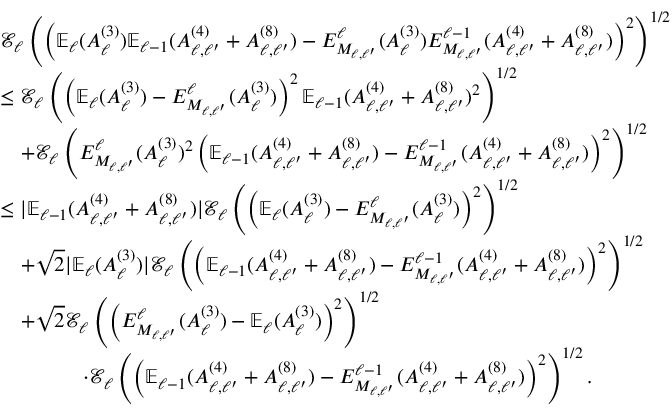
\begin{array} { r l } & { \mathcal { E } _ { \ell } \left( \left( \mathbb { E } _ { \ell } ( A _ { \ell } ^ { ( 3 ) } ) \mathbb { E } _ { \ell - 1 } ( A _ { \ell , \ell ^ { \prime } } ^ { ( 4 ) } + A _ { \ell , \ell ^ { \prime } } ^ { ( 8 ) } ) - E _ { M _ { \ell , \ell ^ { \prime } } } ^ { \ell } ( A _ { \ell } ^ { ( 3 ) } ) E _ { M _ { \ell , \ell ^ { \prime } } } ^ { \ell - 1 } ( A _ { \ell , \ell ^ { \prime } } ^ { ( 4 ) } + A _ { \ell , \ell ^ { \prime } } ^ { ( 8 ) } ) \right) ^ { 2 } \right) ^ { 1 / 2 } } \\ & { \le \mathcal { E } _ { \ell } \left( \left( \mathbb { E } _ { \ell } ( A _ { \ell } ^ { ( 3 ) } ) - E _ { M _ { \ell , \ell ^ { \prime } } } ^ { \ell } ( A _ { \ell } ^ { ( 3 ) } ) \right) ^ { 2 } \mathbb { E } _ { \ell - 1 } ( A _ { \ell , \ell ^ { \prime } } ^ { ( 4 ) } + A _ { \ell , \ell ^ { \prime } } ^ { ( 8 ) } ) ^ { 2 } \right) ^ { 1 / 2 } } \\ & { \quad + \mathcal { E } _ { \ell } \left( E _ { M _ { \ell , \ell ^ { \prime } } } ^ { \ell } ( A _ { \ell } ^ { ( 3 ) } ) ^ { 2 } \left( \mathbb { E } _ { \ell - 1 } ( A _ { \ell , \ell ^ { \prime } } ^ { ( 4 ) } + A _ { \ell , \ell ^ { \prime } } ^ { ( 8 ) } ) - E _ { M _ { \ell , \ell ^ { \prime } } } ^ { \ell - 1 } ( A _ { \ell , \ell ^ { \prime } } ^ { ( 4 ) } + A _ { \ell , \ell ^ { \prime } } ^ { ( 8 ) } ) \right) ^ { 2 } \right) ^ { 1 / 2 } } \\ & { \le | \mathbb { E } _ { \ell - 1 } ( A _ { \ell , \ell ^ { \prime } } ^ { ( 4 ) } + A _ { \ell , \ell ^ { \prime } } ^ { ( 8 ) } ) | \mathcal { E } _ { \ell } \left( \left( \mathbb { E } _ { \ell } ( A _ { \ell } ^ { ( 3 ) } ) - E _ { M _ { \ell , \ell ^ { \prime } } } ^ { \ell } ( A _ { \ell } ^ { ( 3 ) } ) \right) ^ { 2 } \right) ^ { 1 / 2 } } \\ & { \quad + \sqrt { 2 } | \mathbb { E } _ { \ell } ( A _ { \ell } ^ { ( 3 ) } ) | \mathcal { E } _ { \ell } \left( \left( \mathbb { E } _ { \ell - 1 } ( A _ { \ell , \ell ^ { \prime } } ^ { ( 4 ) } + A _ { \ell , \ell ^ { \prime } } ^ { ( 8 ) } ) - E _ { M _ { \ell , \ell ^ { \prime } } } ^ { \ell - 1 } ( A _ { \ell , \ell ^ { \prime } } ^ { ( 4 ) } + A _ { \ell , \ell ^ { \prime } } ^ { ( 8 ) } ) \right) ^ { 2 } \right) ^ { 1 / 2 } } \\ & { \quad + \sqrt { 2 } \mathcal { E } _ { \ell } \left( \left( E _ { M _ { \ell , \ell ^ { \prime } } } ^ { \ell } ( A _ { \ell } ^ { ( 3 ) } ) - \mathbb { E } _ { \ell } ( A _ { \ell } ^ { ( 3 ) } ) \right) ^ { 2 } \right) ^ { 1 / 2 } } \\ & { \qquad \qquad \cdot \mathcal { E } _ { \ell } \left( \left( \mathbb { E } _ { \ell - 1 } ( A _ { \ell , \ell ^ { \prime } } ^ { ( 4 ) } + A _ { \ell , \ell ^ { \prime } } ^ { ( 8 ) } ) - E _ { M _ { \ell , \ell ^ { \prime } } } ^ { \ell - 1 } ( A _ { \ell , \ell ^ { \prime } } ^ { ( 4 ) } + A _ { \ell , \ell ^ { \prime } } ^ { ( 8 ) } ) \right) ^ { 2 } \right) ^ { 1 / 2 } . } \end{array}